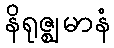
နိရုဇ္ဈမာနံ